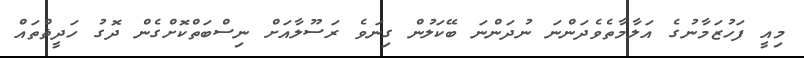
މިއީ ފަހުޒަމާނުގެ އަލާމާތެވެދަންނަ ނުދަންނަ ބޭކަލުން ގިނަވެ ރަސޫލާއަށް ނިސްބަތްކޮށްގެން ދޮގު ހަދީޘްތައް